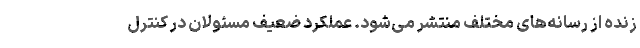
زنده از رسانه‌های مختلف منتشر می‌شود. عملکرد ضعیف مسئولان در کنترل